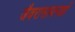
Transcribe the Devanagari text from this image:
जैवरासायनज्ञों